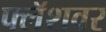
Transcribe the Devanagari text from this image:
फ्लॅशवर